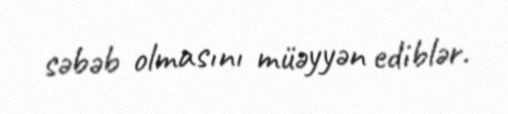
səbəb olmasını müəyyən ediblər.